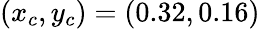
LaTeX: (x_{c},y_{c})=(0.32,0.16)